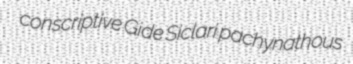
conscriptive Gide Siclari pachynathous